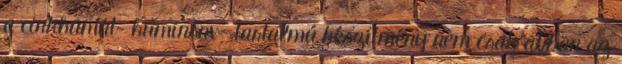
a cinkhumát- huminsav- tartalmú készítmény nem csak abban az